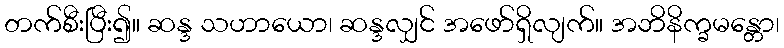
တက်စီးပြီး၍။ ဆန္ဒ သဟာယော၊ ဆန္ဒလျှင် အဖော်ရှိလျက်။ အဘိနိက္ခမန္တော၊